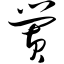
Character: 黉